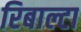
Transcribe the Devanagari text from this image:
रिबाल्टा